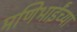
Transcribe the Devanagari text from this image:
मणिभाईंच्या